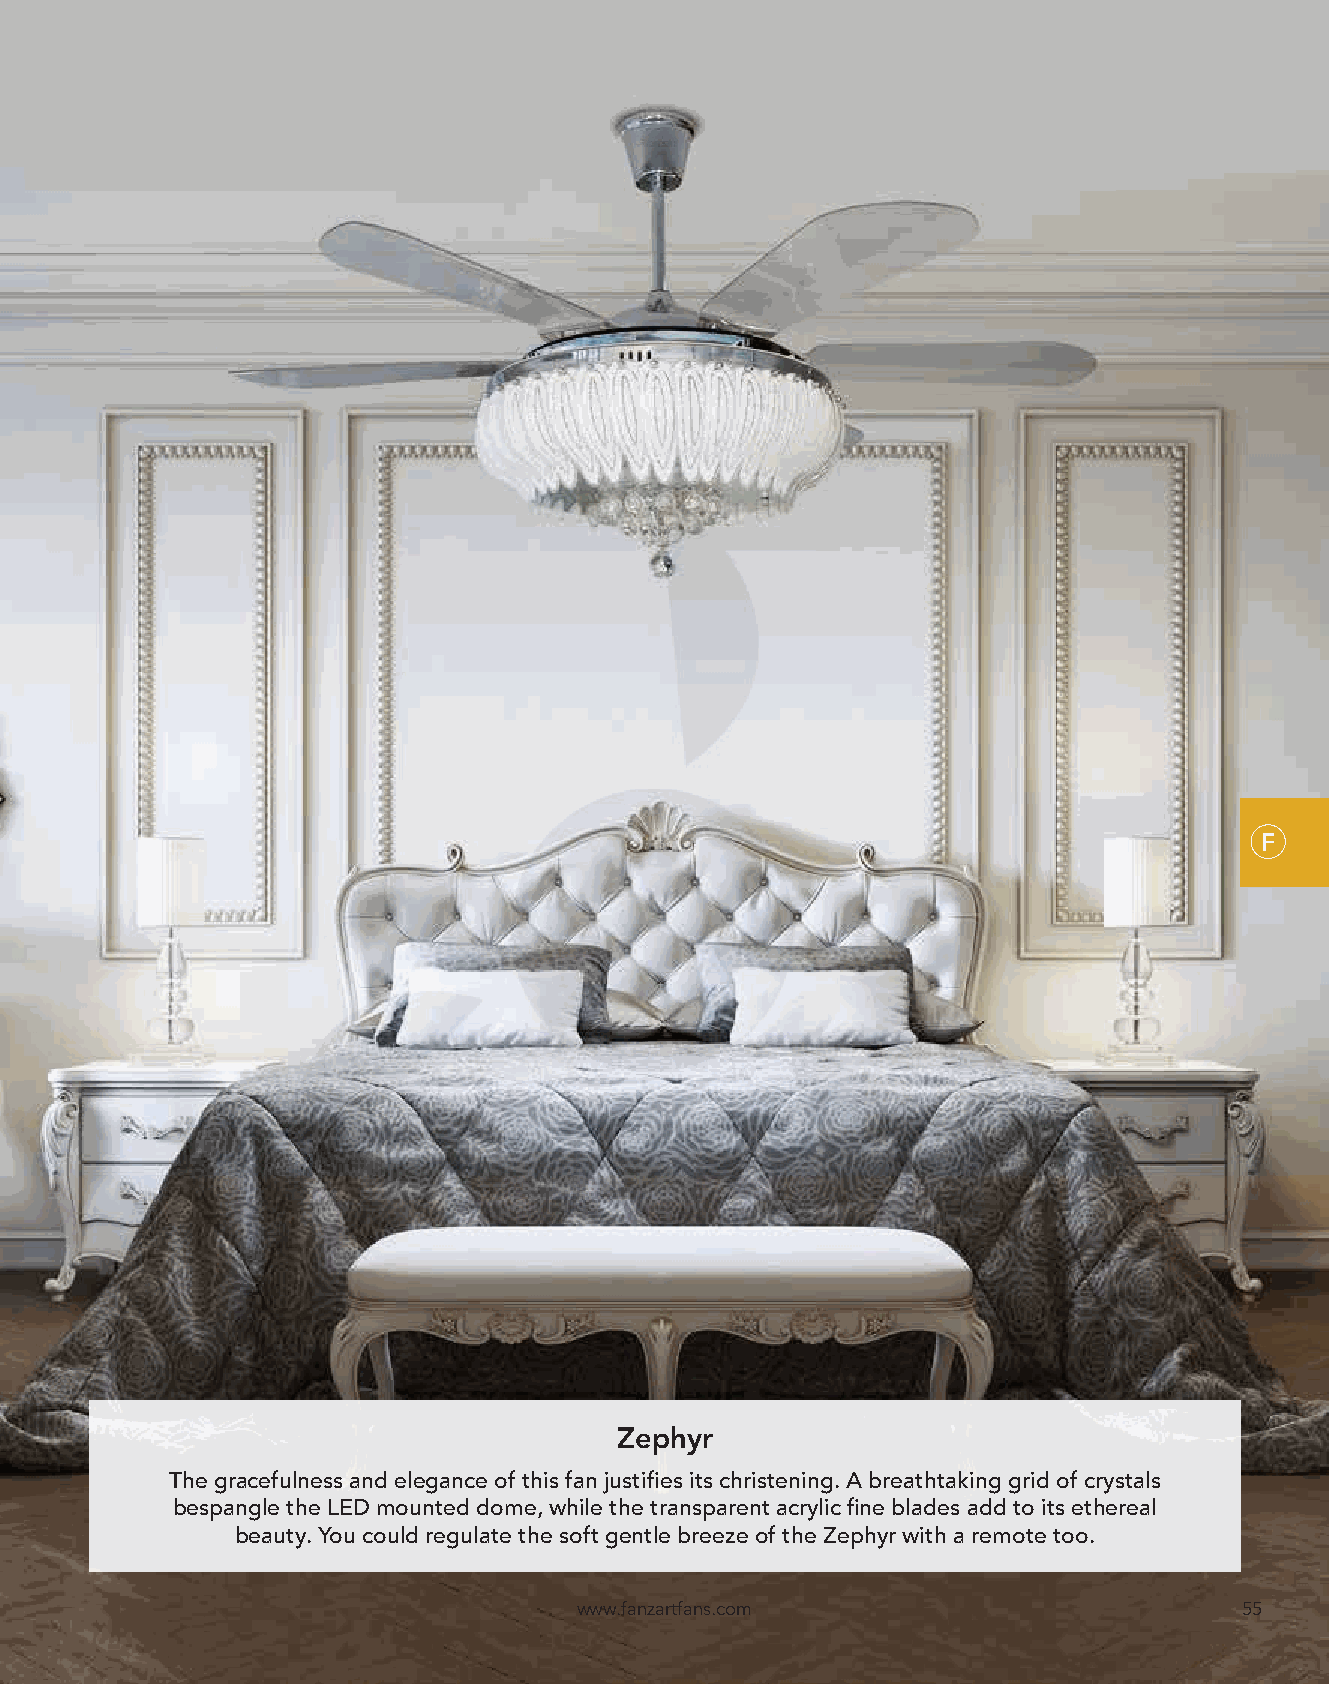
F
 Zephyr
 The gracefulness and elegance of this fan justifies its christening. A breathtaking grid of crystals
 bespangle the LED mounted dome, while the transparent acrylic fine blades add to its ethereal
 beauty. You could regulate the soft gentle breeze of the Zephyr with a remote too.
 www.fanzartfans.com                         55